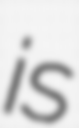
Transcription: is